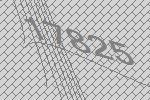
17825